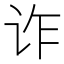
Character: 诈